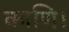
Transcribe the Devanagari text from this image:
काणि।